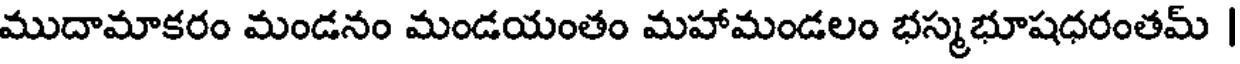
ముదామాకరం మండనం మండయంతం మహామండలం భస్మభూషధరంతమ్